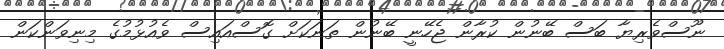
ނޫސްވެރިޔާ ބަސް ބޭނުން ކުރާން ޖެހޭނީ ބޭނުން ތަނަކަށް ގޮސްއައިސް ވެއުޅުމުގެ މިނިވަންކަން